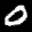
Label: 0